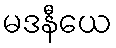
မဒနီယေ